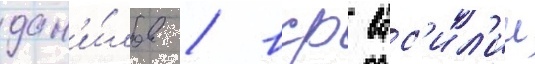
дан'и́лов / вср вас'ил'ии